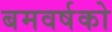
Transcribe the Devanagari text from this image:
बमवर्षको